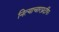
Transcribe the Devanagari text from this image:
नित्याचारप्रदीपः